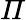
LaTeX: \varPi